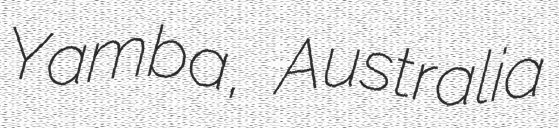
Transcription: Yamba, Australia